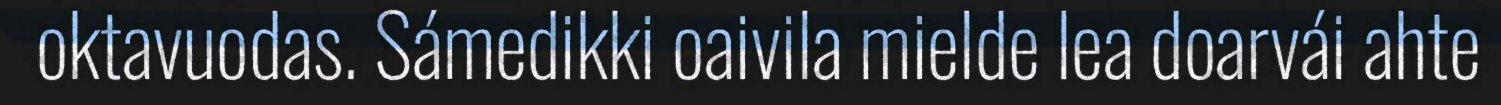
oktavuodas. Sámedikki oaivila mielde lea doarvái ahte